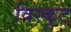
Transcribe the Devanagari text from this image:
विस्कुट